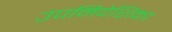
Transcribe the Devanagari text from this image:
उपनिदेशिका